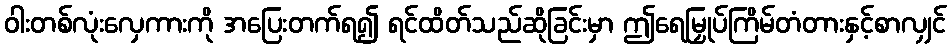
ဝါးတစ်လုံးလှေကားကို အပြေးတက်ရ၍ ရင်ထိတ်သည်ဆိုခြင်းမှာ ဤရေမြှုပ်ကြိမ်တံတားနှင့်စာလျှင်